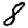
Digit: 8